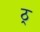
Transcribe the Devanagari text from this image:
ठ्र्